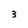
Character: 3